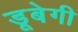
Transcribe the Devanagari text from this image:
डूबेगी